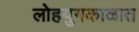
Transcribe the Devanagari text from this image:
लोहयुगकाळात